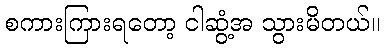
စကားကြားရတော့ ငါဆွံ့အ သွားမိတယ်။